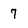
Character: 7